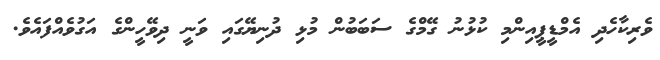
ވެރިކާހެދި އެމްޑީޕީއިންމި ކުޅުނު ގޭމްގެ ސަބަބުން މުޅި ދުނިޔޭގައި ވަނީ ދިވޭހީންގެ އަގުވެއްފައެވެ.